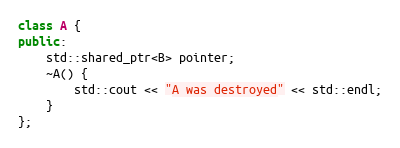
Language: C++
class A {
public:
    std::shared_ptr<B> pointer;
    ~A() {
        std::cout << "A was destroyed" << std::endl;
    }
};